Indian journal of veterinary science and animal husbandry - Volume 5,
Year: 1935
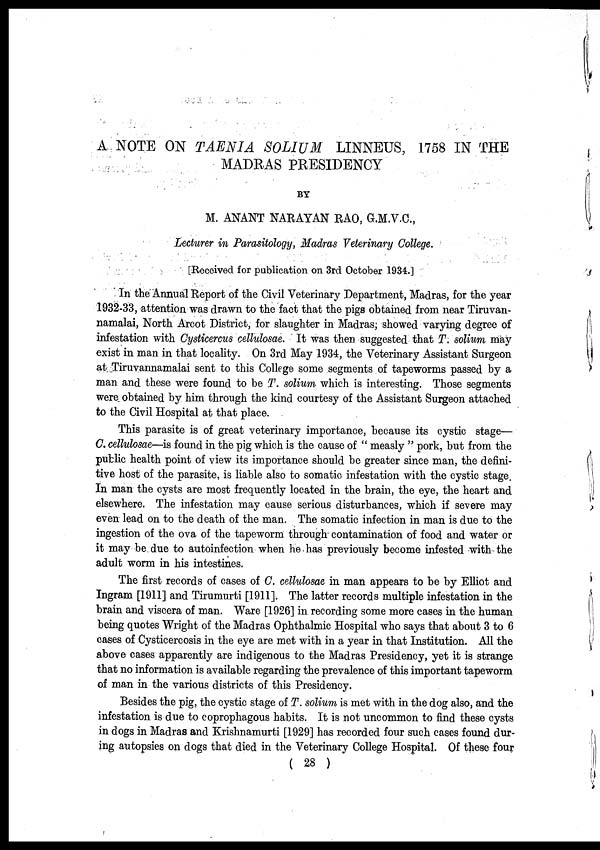
A NOTE ON TAENIA SOLIUM LINNEUS, 1758 IN THE
MADRAS PRESIDENCY
BY
M. ANANT NARAYAN RAO, G.M.V.C.,
Lecturer in Parasitology, Madras Veterinary College.
[Received for publication on 3rd October 1934.]
In the Annual Report of the Civil Veterinary Department, Madras, for the year
1932-33, attention was drawn to the fact that the pigs obtained from near Tiruvan-
namalai, North Arcot District, for slaughter in Madras; showed varying degree of
infestation with Cysticercus cellulosae. It was then suggested that T. solium may
exist in man in that locality. On 3rd May 1934, the Veterinary Assistant Surgeon
at Tiruvannamalai sent to this College some segments of tapeworms passed by a
man and these were found to be T. solium which is interesting. Those segments
were obtained by him through the kind courtesy of the Assistant Surgeon attached
to the Civil Hospital at that place.
This parasite is of great veterinary importance, because its cystic stage—
C. cellulosae—is found in the pig which is the cause of " measly " pork, but from the
public health point of view its importance should be greater since man, the defini-
tive host of the parasite, is liable also to somatic infestation with the cystic stage.
In man the cysts are most frequently located in the brain, the eye, the heart and
elsewhere. The infestation may cause serious disturbances, which if severe may
even lead on to the death of the man. The somatic infection in man is due to the
ingestion of the ova of the tapeworm through contamination of food and water or
it may be due to autoinfection when he has previously become infested with the
adult worm in his intestines.
The first records of cases of C. cellulosae in man appears to be by Elliot and
Ingram [1911] and Tirumurti [1911]. The latter records multiple infestation in the
brain and viscera of man. Ware [1926] in recording some more cases in the human
being quotes Wright of the Madras Ophthalmic Hospital who says that about 3 to 6
cases of Cysticercosis in the eye are met with in a year in that Institution. All the
above cases apparently are indigenous to the Madras Presidency, yet it is strange
that no information is available regarding the prevalence of this important tapeworm
of man in the various districts of this Presidency.
Besides the pig, the cystic stage of T. solium is met with in the dog also, and the
infestation is due to coprophagous habits. It is not uncommon to find these cysts
in dogs in Madras and Krishnamurti [1929] has recorded four such cases found dur-
ing autopsies on dogs that died in the Veterinary College Hospital. Of these four
( 28 )